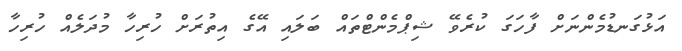
އަޅުގަނޑުމެންނަށް ފާހަގަ ކުރެވޭ ޝިޕްމެންޓްތައް ބަލައި އޭގެ އިތުރަށް ހުރިހާ މުދަލެއް ހުރިހާ